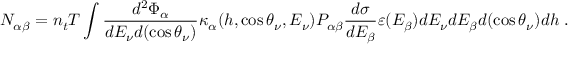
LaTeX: N _ { \alpha \beta } = n _ { t } T \int \frac { d ^ { 2 } \Phi _ { \alpha } } { d E _ { \nu } d ( \cos \theta _ { \nu } ) } \kappa _ { \alpha } ( h , \cos \theta _ { \nu } , E _ { \nu } ) P _ { \alpha \beta } \frac { d \sigma } { d E _ { \beta } } \varepsilon ( E _ { \beta } ) d E _ { \nu } d E _ { \beta } d ( \cos \theta _ { \nu } ) d h \; .